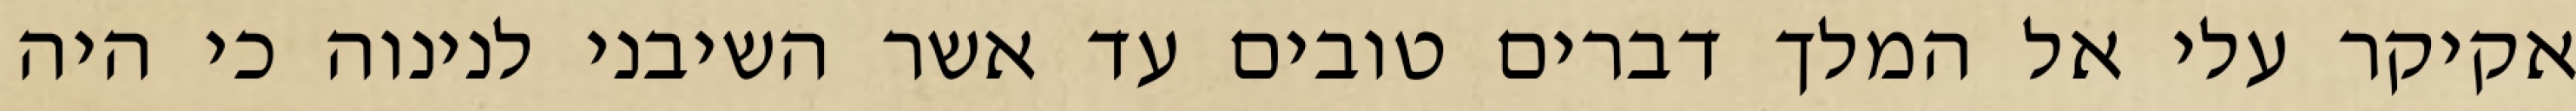
אקיקר עלי אל המלך דברים טובים עד אשר השיבני לנינוה כי היה